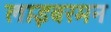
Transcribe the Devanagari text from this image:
लाइबरमन